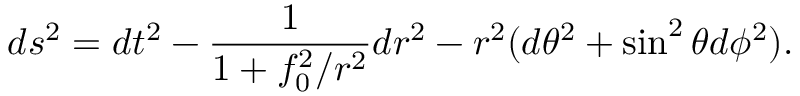
d s ^ { 2 } = d t ^ { 2 } - \frac { 1 } { 1 + f _ { 0 } ^ { 2 } / r ^ { 2 } } d r ^ { 2 } - r ^ { 2 } ( d \theta ^ { 2 } + \sin ^ { 2 } \theta d \phi ^ { 2 } ) .